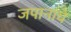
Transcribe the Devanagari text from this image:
जपानाचे